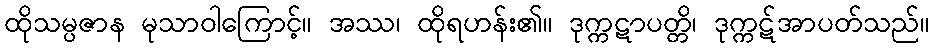
ထိုသမ္ပဇာန မုသာဝါကြောင့်။ အဿ၊ ထိုရဟန်း၏။ ဒုက္ကဋာပတ္တိ၊ ဒုက္ကဋ်အာပတ်သည်။